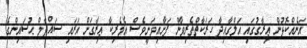
އަނެއްކޮޅުން ޢިރާޤުގައި އަލްޤާޢިދާ ހަރަކާތްތެރިވާން ފަށާއިވަނީވެސް އެމެރިކާ ޢިރާޤަށް އަރައި ސައްދާމް ޙުސައިންގެ